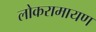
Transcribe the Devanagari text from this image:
लोकरामायण